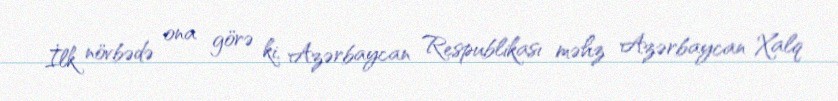
İlk növbədə ona görə ki, Azərbaycan Respublikası məhz Azərbaycan Xalq